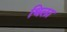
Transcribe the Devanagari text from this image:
थिला